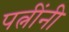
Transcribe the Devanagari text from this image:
पत्नींनी